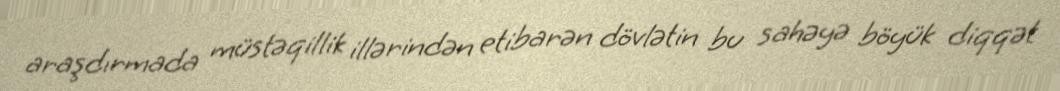
araşdırmada müstəqillik illərindən etibarən dövlətin bu sahəyə böyük diqqət